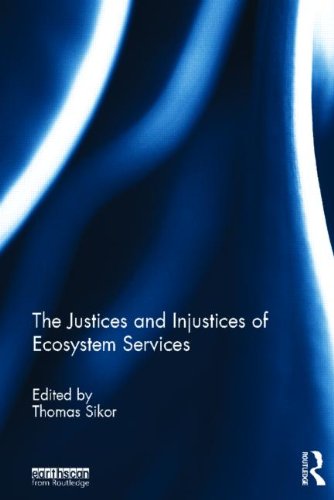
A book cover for The Justices and Injustices of Ecosystem Services; Science & Math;